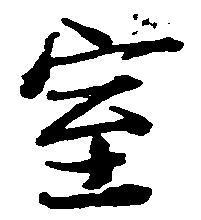
室